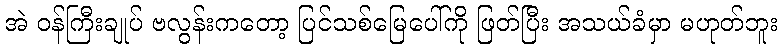
အဲ ဝန်ကြီးချုပ် ဗလွန်းကတော့ ပြင်သစ်မြေပေါ်ကို ဖြတ်ပြီး အသယ်ခံမှာ မဟုတ်ဘူး